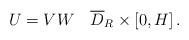
LaTeX: \begin{align*} U=VW\quad\overline{D}_R\times[0,H]\,.\end{align*}